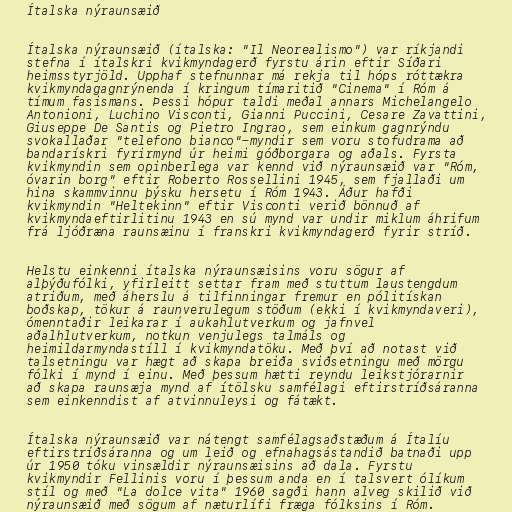
Ítalska nýraunsæið

Ítalska nýraunsæið (ítalska: "Il Neorealismo") var ríkjandi
stefna í ítalskri kvikmyndagerð fyrstu árin eftir Síðari
heimsstyrjöld. Upphaf stefnunnar má rekja til hóps róttækra
kvikmyndagagnrýnenda í kringum tímaritið "Cinema" í Róm á
tímum fasismans. Þessi hópur taldi meðal annars Michelangelo
Antonioni, Luchino Visconti, Gianni Puccini, Cesare Zavattini,
Giuseppe De Santis og Pietro Ingrao, sem einkum gagnrýndu
svokallaðar "telefono bianco"-myndir sem voru stofudrama að
bandarískri fyrirmynd úr heimi góðborgara og aðals. Fyrsta
kvikmyndin sem opinberlega var kennd við nýraunsæið var "Róm,
óvarin borg" eftir Roberto Rossellini 1945, sem fjallaði um
hina skammvinnu þýsku hersetu í Róm 1943. Áður hafði
kvikmyndin "Heltekinn" eftir Visconti verið bönnuð af
kvikmyndaeftirlitinu 1943 en sú mynd var undir miklum áhrifum
frá ljóðræna raunsæinu í franskri kvikmyndagerð fyrir stríð.

Helstu einkenni ítalska nýraunsæisins voru sögur af
alþýðufólki, yfirleitt settar fram með stuttum laustengdum
atriðum, með áherslu á tilfinningar fremur en pólitískan
boðskap, tökur á raunverulegum stöðum (ekki í kvikmyndaveri),
ómenntaðir leikarar í aukahlutverkum og jafnvel
aðalhlutverkum, notkun venjulegs talmáls og
heimildarmyndastíll í kvikmyndatöku. Með því að notast við
talsetningu var hægt að skapa breiða sviðsetningu með mörgu
fólki í mynd í einu. Með þessum hætti reyndu leikstjórarnir
að skapa raunsæja mynd af ítölsku samfélagi eftirstríðsáranna
sem einkenndist af atvinnuleysi og fátækt.

Ítalska nýraunsæið var nátengt samfélagsaðstæðum á Ítalíu
eftirstríðsáranna og um leið og efnahagsástandið batnaði upp
úr 1950 tóku vinsældir nýraunsæisins að dala. Fyrstu
kvikmyndir Fellinis voru í þessum anda en í talsvert ólíkum
stíl og með "La dolce vita" 1960 sagði hann alveg skilið við
nýraunsæið með sögum af næturlífi fræga fólksins í Róm.